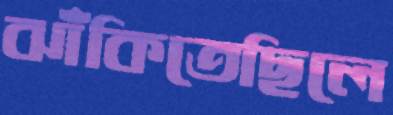
ঝাঁকিতেছিলে